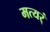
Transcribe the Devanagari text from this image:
मत्यर्ं